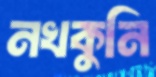
নখকুনি